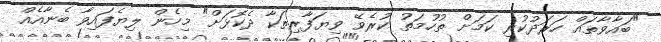
"ބައާވާތައް ހަރަދުކުރި ކަމަށް ތުހުމަތު ކުރެވޭ ވިޔަފާރިތަކާ ދެކޮޅަށް" މިހެން ލިޔެފައިވާ ބެނާއެއް